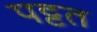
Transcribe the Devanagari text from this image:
पट्टत